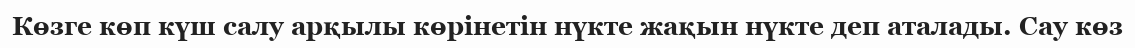
Көзге көп күш салу арқылы көрінетін нүкте жақын нүкте деп аталады. Сау көз